Indian journal of veterinary science and animal husbandry - Volume 5,
Year: 1935
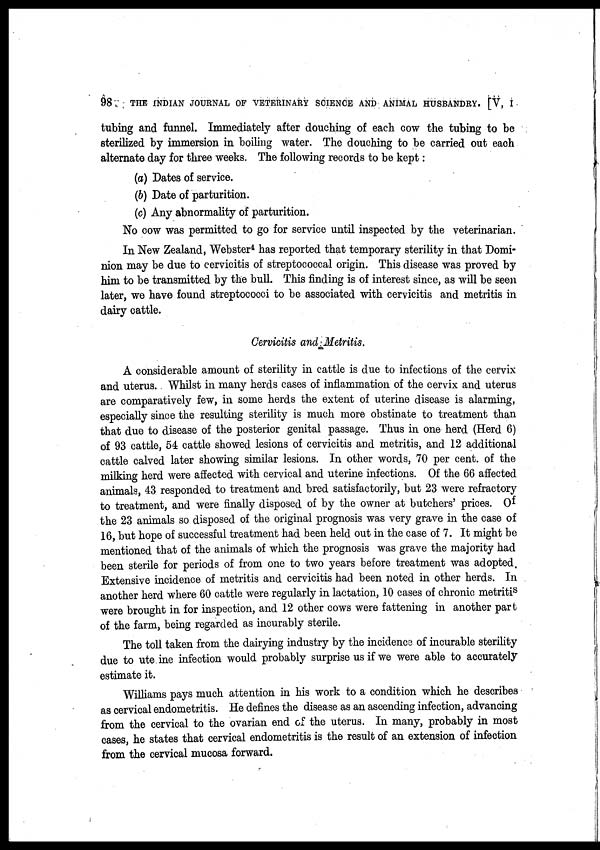
98
THE INDIAN JOURNAL OF VETERINARY SCIENCE AND ANIMAL HUSBANDRY. [V, I
tubing and funnel. Immediately after douching of each cow the tubing to be
sterilized by immersion in boiling water. The douching to be carried out each
alternate day for three weeks. The following records to be kept:
(a) Dates of service.
(b) Date of parturition.
(c) Any abnormality of parturition.
No cow was permitted to go for service until inspected by the veterinarian.
In New Zealand, Webster 4 has reported that temporary sterility in that Domi-
nion may be due to cervicitis of streptococcal origin. This disease was proved by
him to be transmitted by the bull. This finding is of interest since, as will be seen
later, we have found streptococci to be associated with cervicitis and metritis in
dairy cattle.
Cervicitis and Metritis.
A considerable amount of sterility in cattle is due to infections of the cervix
and uterus. Whilst in many herds cases of inflammation of the cervix and uterus
are comparatively few, in some herds the extent of uterine disease is alarming,
especially since the resulting sterility is much more obstinate to treatment than
that due to disease of the posterior genital passage. Thus in one herd (Herd 6)
of 93 cattle, 54 cattle showed lesions of cervicitis and metritis, and 12 additional
cattle calved later showing similar lesions. In other words, 70 per cent. of the
milking herd were affected with cervical and uterine infections. Of the 66 affected
animals, 43 responded to treatment and bred satisfactorily, but 23 were refractory
to treatment, and were finally disposed of by the owner at butchers' prices. Of
the 23 animals so disposed of the original prognosis was very grave in the case of
16, but hope of successful treatment had been held out in the case of 7. It might be
mentioned that of the animals of which the prognosis was grave the majority had
been sterile for periods of from one to two years before treatment was adopted.
Extensive incidence of metritis and cervicitis had been noted in other herds. In
another herd where 60 cattle were regularly in lactation, 10 cases of chronic metriti s
were brought in for inspection, and 12 other cows were fattening in another part
of the farm, being regarded as incurably sterile.
The toll taken from the dairying industry by the incidence of incurable sterility
due to ute ine infection would probably surprise us if we were able to accurately
estimate it.
Williams pays much attention in his work to a condition which he describes
as cervical endometritis. He defines the disease as an ascending infection, advancing
from the cervical to the ovarian end of the uterus. In many, probably in most
cases, he states that cervical endometritis is the result of an extension of infection
from the cervical mucosa forward.